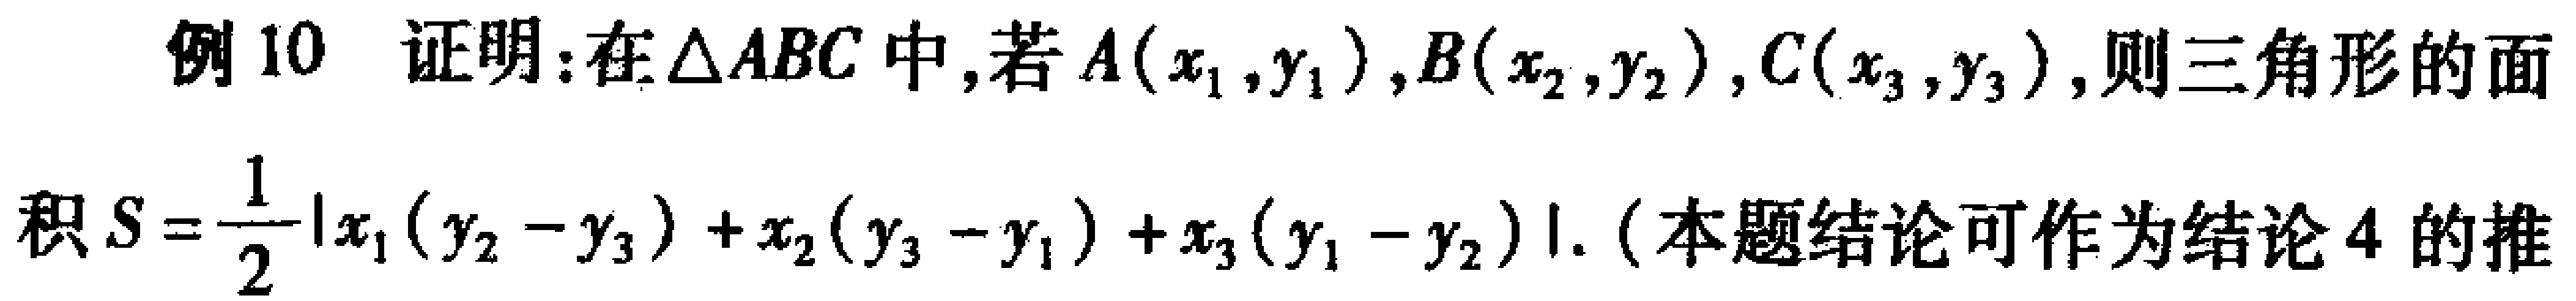
例10 证明：在\(\triangle ABC\)中，若\(A(x_1,y_1)\)，\(B(x_2,y_2)\)，\(C(x_3,y_3)\)，则三角形的面
积\(S = \frac{1}{2}|x_1(y_2 - y_3)+x_2(y_3 - y_1)+x_3(y_1 - y_2)|\).（本题结论可作为结论4的推